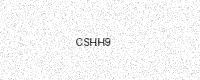
Text: CSHH9